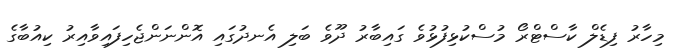
މިހާރު ފިޑެލް ކާސްޓްރޯ މުސްކުޅިފުޅުވެ ގައިބާރު ދޫވެ ބަލި އެނދުގައި އޮންނަންޖެހިފައިވާއިރު ކިއުބާގެ